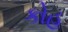
કોહ